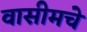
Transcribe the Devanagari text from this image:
वासीमचे